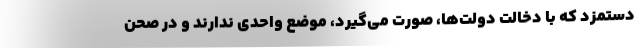
دستمزد که با دخالت دولت‌ها، صورت می‌گیرد، موضع واحدی ندارند و در صحن